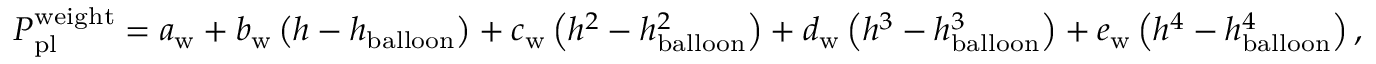
\begin{array} { r } { P _ { \mathrm { p l } } ^ { \mathrm { w e i g h t } } = a _ { \mathrm { w } } + b _ { \mathrm { w } } \left( h - h _ { \mathrm { b a l l o o n } } \right) + c _ { \mathrm { w } } \left( h ^ { 2 } - h _ { \mathrm { b a l l o o n } } ^ { 2 } \right) + d _ { \mathrm { w } } \left( h ^ { 3 } - h _ { \mathrm { b a l l o o n } } ^ { 3 } \right) + e _ { \mathrm { w } } \left( h ^ { 4 } - h _ { \mathrm { b a l l o o n } } ^ { 4 } \right) , } \end{array}